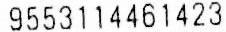
9553114461423